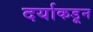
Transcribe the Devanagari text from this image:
दर्याकडून